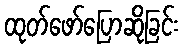
ထုတ်ဖော်ပြောဆိုခြင်း